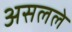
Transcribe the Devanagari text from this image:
असलले